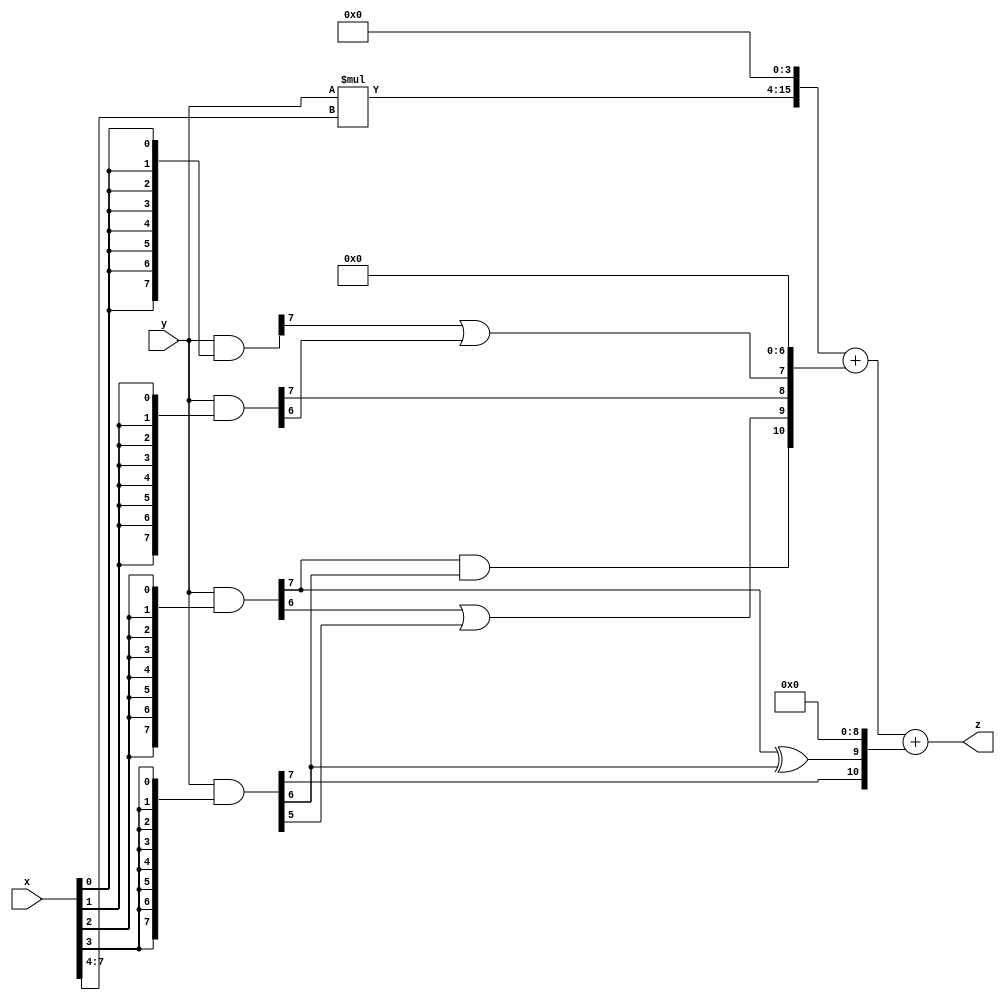
// terms: 6
// fval:  158234.25

module unsigned_exchange_8x8_l4_lamb20000_8 (
	input [7:0] x,
	input [7:0] y,
	output [15:0] z
);

wire [7:0] part1 =  y & {8{x[0]}};
wire [7:0] part2 =  y & {8{x[1]}};
wire [7:0] part3 =  y & {8{x[2]}};
wire [7:0] part4 =  y & {8{x[3]}};
wire [7:0] part5 =  y & {8{x[4]}};
wire [7:0] part6 =  y & {8{x[5]}};
wire [7:0] part7 =  y & {8{x[6]}};
wire [7:0] part8 =  y & {8{x[7]}};

wire [10:0] new_part1;
assign new_part1[0] = 0;
assign new_part1[1] = 0;
assign new_part1[2] = 0;
assign new_part1[3] = 0;
assign new_part1[4] = 0;
assign new_part1[5] = 0;
assign new_part1[6] = 0;
assign new_part1[7] = part1[7] | part2[6];
assign new_part1[8] = part2[7];
assign new_part1[9] = part3[6] | part4[5];
assign new_part1[10] = part3[7] & part4[6];

wire [10:0] new_part2;
assign new_part2[0] = 0;
assign new_part2[1] = 0;
assign new_part2[2] = 0;
assign new_part2[3] = 0;
assign new_part2[4] = 0;
assign new_part2[5] = 0;
assign new_part2[6] = 0;
assign new_part2[7] = 0;
assign new_part2[8] = 0;
assign new_part2[9] = part3[7] ^ part4[6];
assign new_part2[10] = part4[7];

wire [11:0] tmp_z = y*x[7:4];

assign z = {tmp_z, 4'd 0} + new_part1 + new_part2;

endmodule